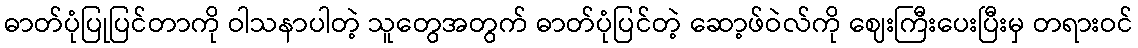
ဓာတ်ပုံပြုပြင်တာကို ဝါသနာပါတဲ့ သူတွေအတွက် ဓာတ်ပုံပြင်တဲ့ ဆော့ဖ်ဝဲလ်ကို ဈေးကြီးပေးပြီးမှ တရားဝင်